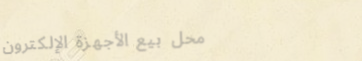
محل بيع الأجهزة الإلكترون